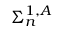
\Sigma _ { n } ^ { 1 , A }